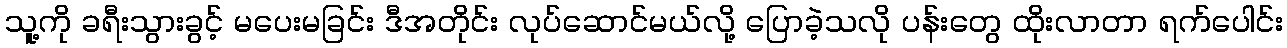
သူ့ကို ခရီးသွားခွင့် မပေးမခြင်း ဒီအတိုင်း လုပ်ဆောင်မယ်လို့ ပြောခဲ့သလို ပန်းတွေ ထိုးလာတာ ရက်ပေါင်း